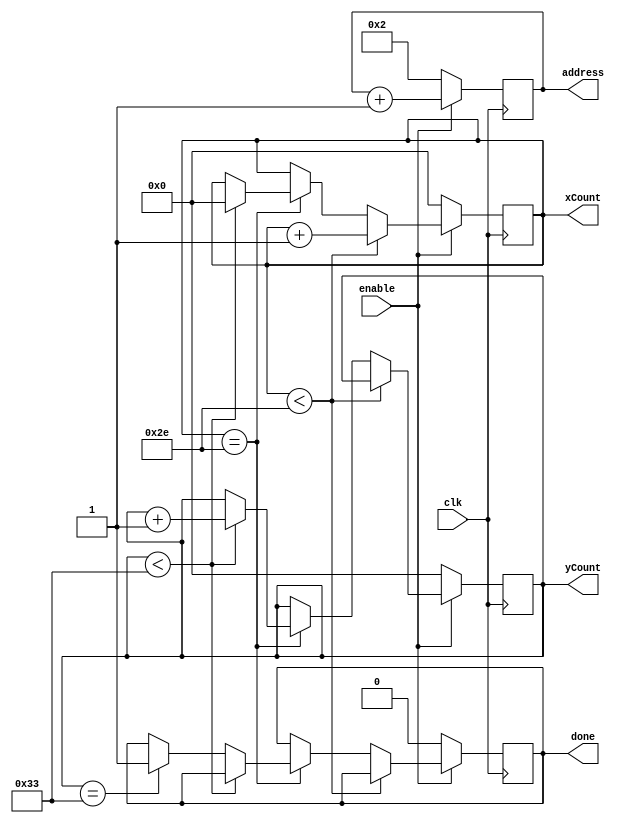
module draww (clk, enable, xCount, yCount, address, done); 
 	/* Draws out invader and sends appropriate (x,y) position of each pixel*/ 
 
 	input clk, enable; 
 	output reg [5:0]xCount; 
 	output reg [5:0]yCount; 
	output reg [15:0]address;
// 	output reg [11:0]address; 
 	output reg done; 
 	 
 	initial begin 
 	xCount = 0; 
 	yCount = 0; 
 	address = 2; 
 	end	 
 	 
 	always @ (posedge clk) 
 	begin 
 	if (enable) begin 
 		if (xCount < 6'd46) 
 				xCount <= xCount +1; 
 		else if (xCount==6'd46) begin 
 			if (yCount<6'd51) begin 
 				xCount<=0; 
 				yCount<=yCount+1; 
 				end 
 			else if (yCount==6'd51) done<=1; 
 			end 
 		address <= address+12'b1; 
 		end 
 	else begin  
 		done <= 0;  
 		address <= 2; 
		xCount = 0; 
 		yCount = 0; 
 		end 
 	end 

 endmodule